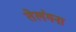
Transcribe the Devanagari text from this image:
तेलंगना